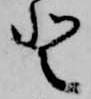
登